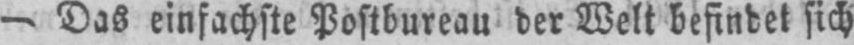
- Das einfachste Postbureau der Welt befindet sich